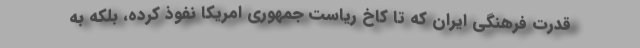
قدرت فرهنگی ایران که تا کاخ ریاست جمهوری امریکا نفوذ کرده، بلکه به